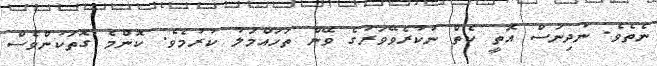
ނެތެވެ. ނުދިނަސް އޮތީ ކެތް ނުކުރެވޭވަރުގެ ވޭން ތަހައްމަލު ކުރުމެވެ. ކޮންމެ ގޮތަކުންވެސް